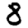
Digit: 8